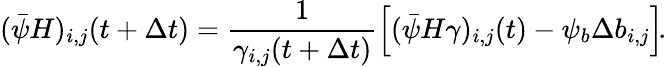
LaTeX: (\bar{\psi}H)_{i,j}(t+\Delta t)=\frac{1}{\gamma_{i,j}(t+\Delta t)}\left[(\bar{\psi}H\gamma)_{i,j}(t)-\psi_{b}\Delta b_{i,j}\right]\! .